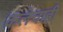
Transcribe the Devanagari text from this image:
कलेचाही